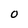
Character: O